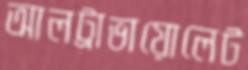
আলট্রাভায়োলেট